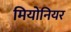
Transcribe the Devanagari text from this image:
मियोनियर